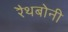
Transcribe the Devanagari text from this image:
रैथबोनी